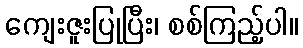
ကျေးဇူးပြုပြီး၊ စစ်ကြည့်ပါ။